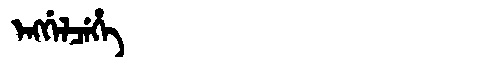
Manchu: ᡝᠩᡤᡝᠯᠴᡝᡥᡝ
Romanization: ENGGELCEHE